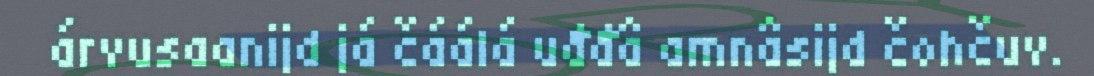
árvusaanijd já čáálá uđđâ amnâsijd čohčuv.